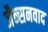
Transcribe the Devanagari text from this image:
जैन्सनवाद